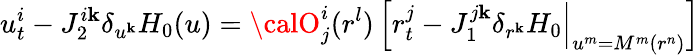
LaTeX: u_{t}^{i}-J_{2}^{i\mathbf{k}}\delta_{u^{\mathbf{k}}}H_{0}(u)={\calO}_{j}^{i}(r^{l})\, \Big[r_{t}^{j}-J_{1}^{j\mathbf{k}}\delta_{r^{\mathbf{k}}}H_{0}\Big|_{u^{m}=M^{m}(r^{n})}\Big]